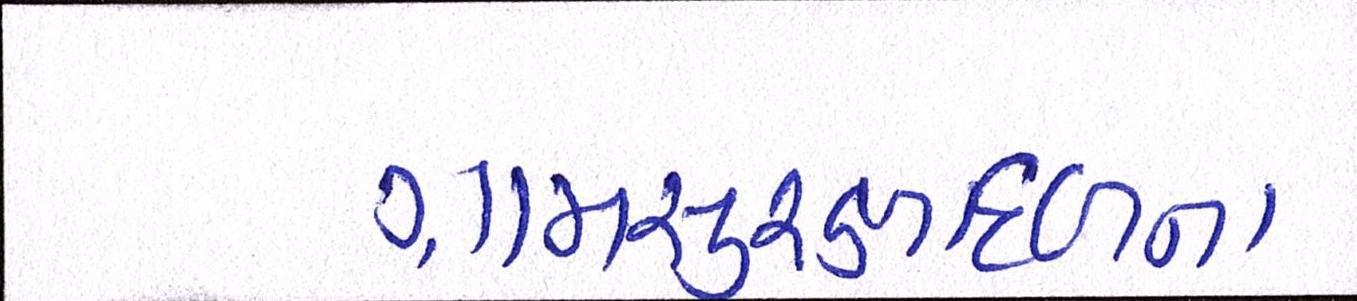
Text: ગ્રામસુરક્ષાદળના